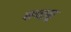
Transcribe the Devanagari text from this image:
शब्दाळू